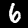
Digit: 6